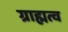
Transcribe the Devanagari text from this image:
ग्राह्मत्व